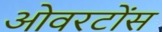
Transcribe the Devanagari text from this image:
ओवरटोंस